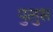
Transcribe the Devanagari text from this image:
पुलुस